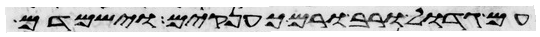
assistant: עם גדול ורב ורם כענקים וישמדם